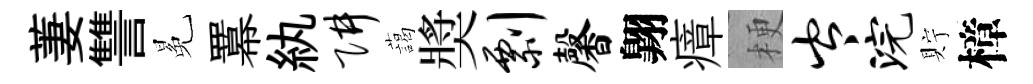
萋讐冕羃紈阱藹奬剽馨翺瘴梗岑浣貯樟